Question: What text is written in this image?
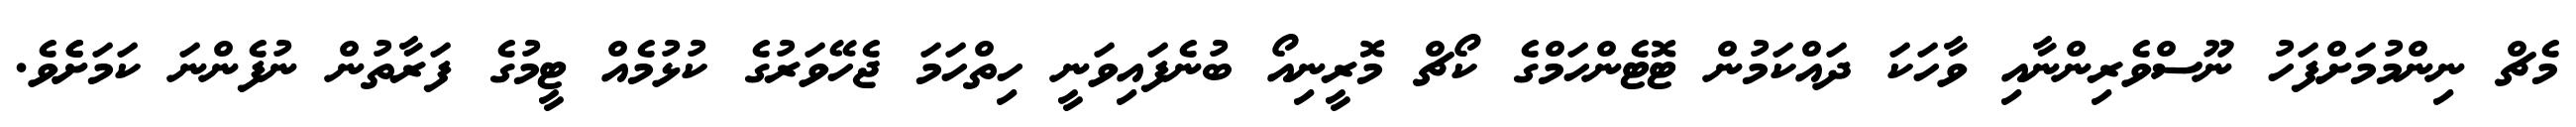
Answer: މެޗް ނިންމުމަށްފަހު ނޫސްވެރިންނާއި ވާހަކަ ދައްކަމުން ޓޮޓެންހަމްގެ ކޯޗް މޮރީނިއޯ ބުނެފައިވަނީ ހިތްހަމަ ޖެހޭވަރުގެ ކުޅުމެއް ޓީމުގެ ފަރާތުން ނުފެންނަ ކަމަށެެވެ.